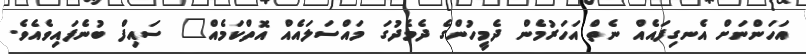
އަހަންނަށް އެނގިފައެއް ނެތް އަހަރުމެން ދެމީހުންގެ ދެމެދުގަ މައްސަލައެއް އޮތްކަމެއް" ސައިފް ބުނެފައިވެއެވެ.